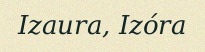
Izaura, Izóra